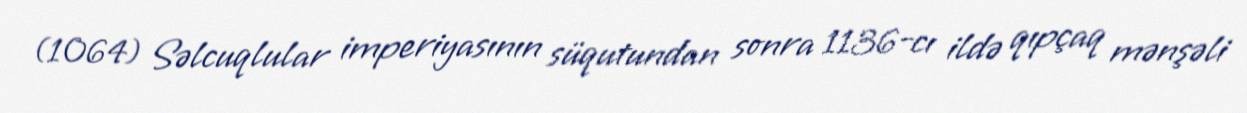
(1064) Səlcuqlular imperiyasının süqutundan sonra 1136-cı ildə qıpçaq mənşəli